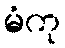
မံကု